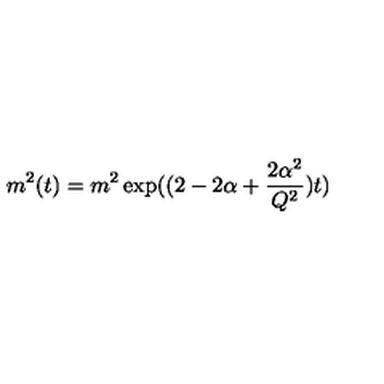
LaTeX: m ^ { 2 } ( t ) = m ^ { 2 } \exp ( ( 2 - 2 \alpha + \frac { 2 \alpha ^ { 2 } } { Q ^ { 2 } } ) t )